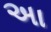
અા